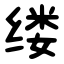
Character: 缕